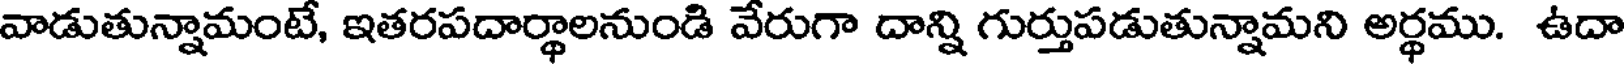
వాడుతున్నామంటే, ఇతరపదార్థాలనుండి వేరుగా దాన్ని గుర్తుపడుతున్నామని అర్థము. ఉదా